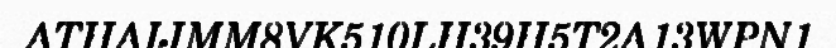
ATHAIJMM8VK510LH39H5T2A13WPN1